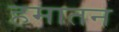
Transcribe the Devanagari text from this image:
हमातन